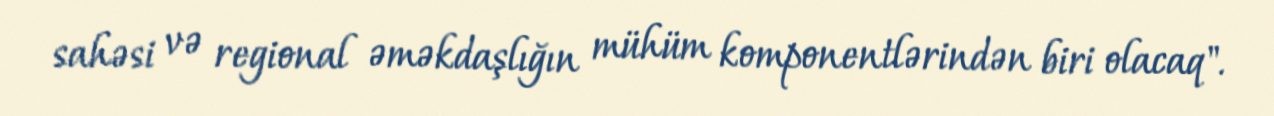
sahəsi və regional əməkdaşlığın mühüm komponentlərindən biri olacaq".